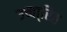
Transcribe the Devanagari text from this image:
उच्चा्रित